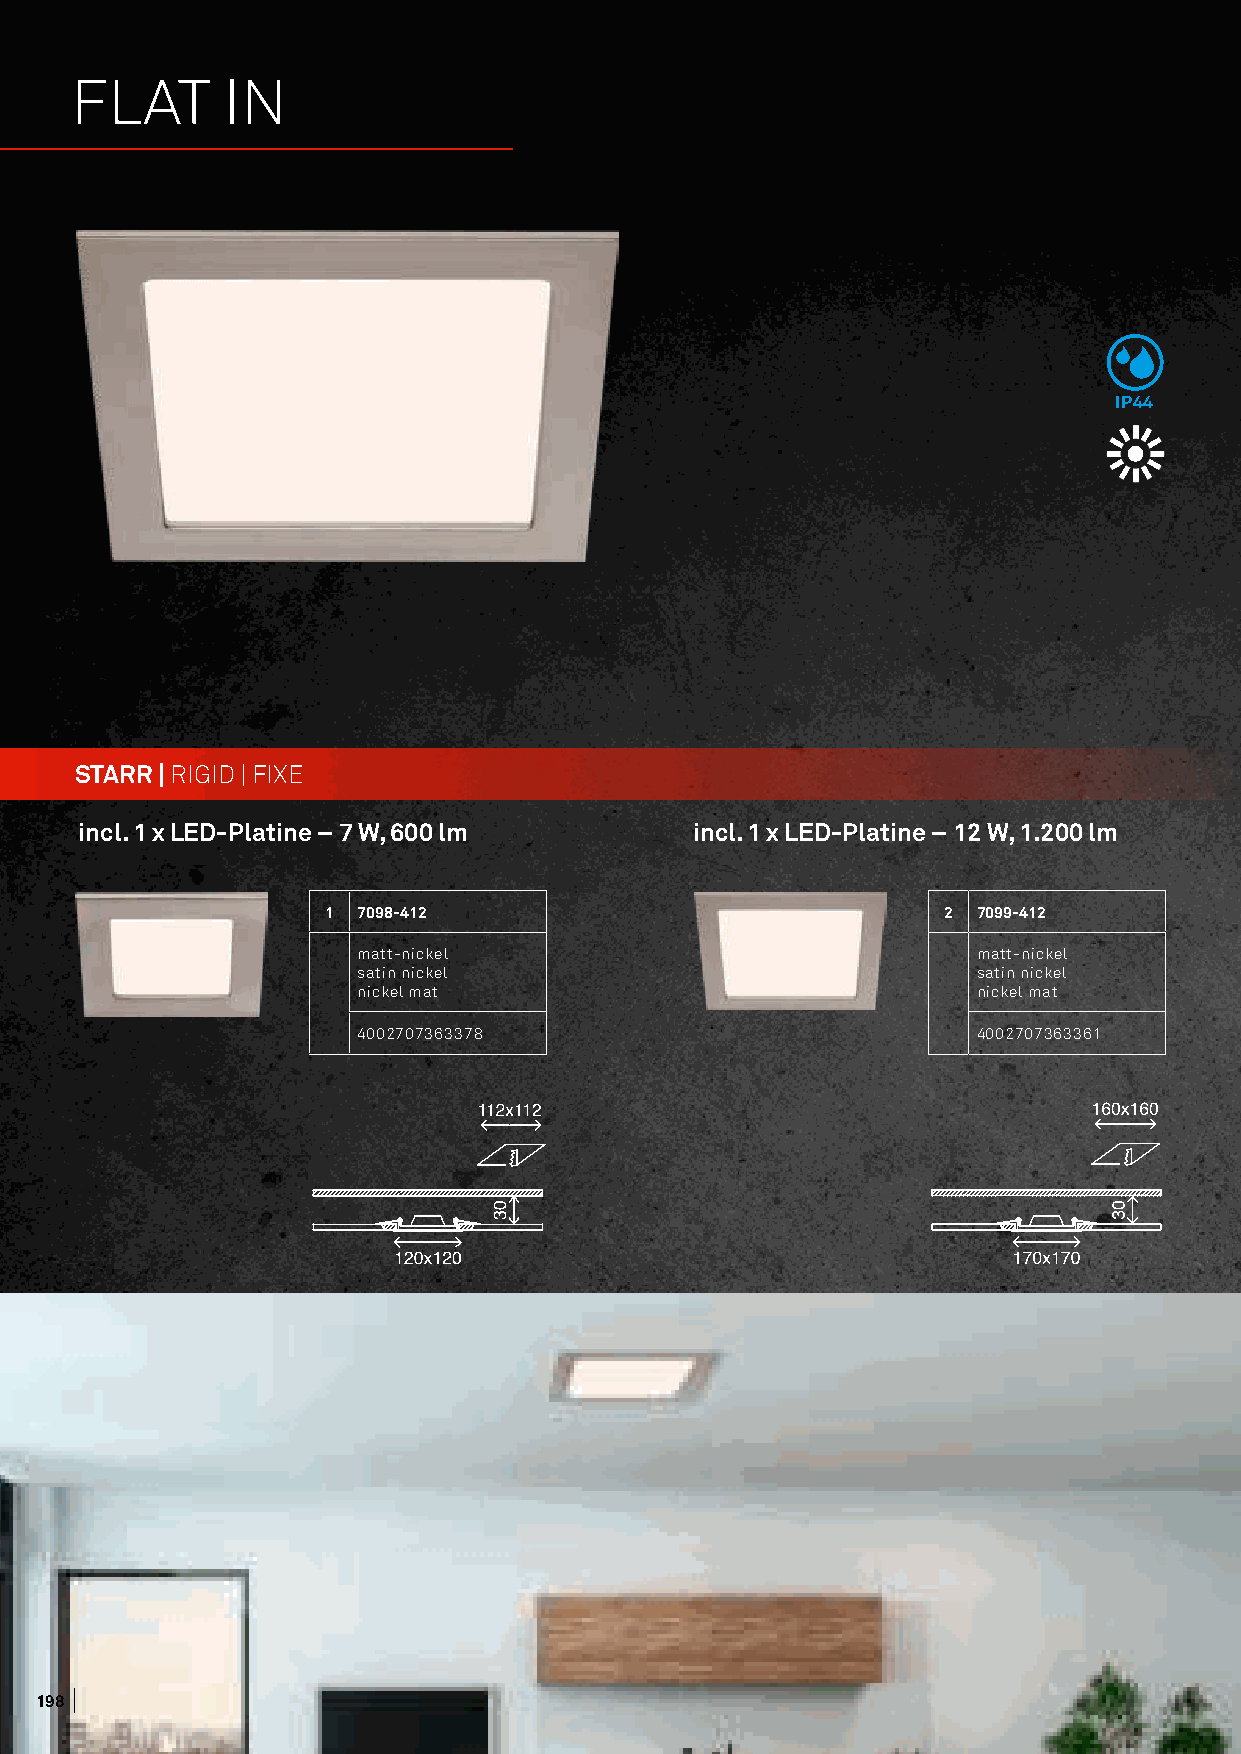
FLAT      IN
 IP44
 STARR | RIGID | FIXE
 incl. 1 x LED-Platine – 7 W, 600 lm      incl. 1 x LED-Platine – 12 W, 1.200 lm
 1  7098-412                              2  7099-412
 matt-nickel                              matt-nickel
 satin nickel                             satin nickel
 nickel mat                               nickel mat
 4002707363378                            4002707363361
 119988